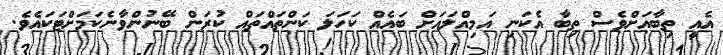
އެއީ ތިބާއަށްވެސް ތިބާ އެކަނި އަމިއްލައަށް ބައެއް ކަހަލަ ކަންތައްތައް ކުރަން ބޭނުންވާނެކަމަށްޓަކައެވެ.